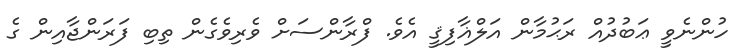
ހުންނެވީ ޢަބުދުއް ރަޙުމާން އަލްޣާފިޤީ އެވެ. ފްރާންސަށް ވެރިވެގެން ތިބި ފަރަންޖާއިން ގެ